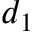
d _ { 1 }